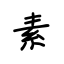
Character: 素